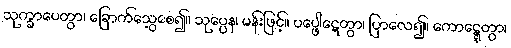
သုက္ခာပေတွာ၊ ခြောက်သွေ့စေ၍။ သုပ္ပေန၊ မန်းဖြင့်။ ပပ္ဖေါဋေတွာ၊ ပြာလေ၍။ ကောဋ္ဋေတွာ၊